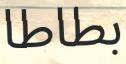
بطاطا